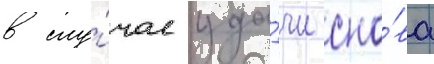
в слу́чае уда́чи сно́ва